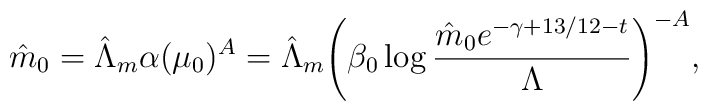
\hat m_{0}=\hat \Lambda_{m}\alpha(\mu_{0})^{A}=\hat\Lambda_{m}\Biggl(\beta_{0}\log{\hat m_{0} e^{-\gamma+13/12-t} \over\Lambda}\Biggl)^{-A},